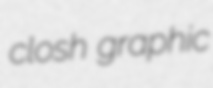
closh graphic